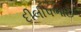
દીલીપભાઇ